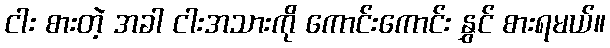
ငါး စားတဲ့ အခါ ငါးအသားကို ကောင်းကောင်း နွှင် စားရမယ်။